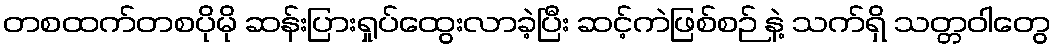
တစထက်တစပိုမို ဆန်းပြားရှုပ်ထွေးလာခဲ့ပြီး ဆင့်ကဲဖြစ်စဉ် နဲ့ သက်ရှိ သတ္တဝါတွေ